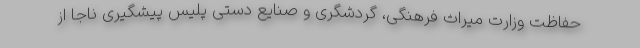
حفاظت وزارت میراث فرهنگی، گردشگری و صنایع دستی پلیس پیشگیری ناجا از